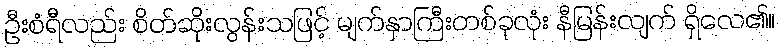
ဦးစံရီလည်း စိတ်ဆိုးလွန်းသဖြင့် မျက်နှာကြီးတစ်ခုလုံး နီမြန်းလျက် ရှိလေ၏။